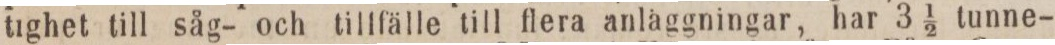
tighet till såg- och tillfälle till flera anläggningar, har 3 1/2 tunne-